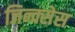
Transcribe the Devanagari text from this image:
जिन्क्सेस